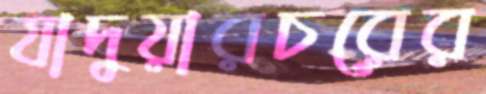
যাদুয়ারচরের